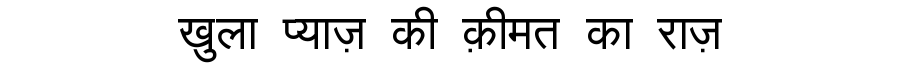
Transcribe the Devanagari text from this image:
खुला प्याज़ की क़ीमत का राज़